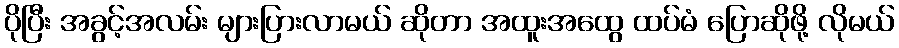
ပိုပြီး အခွင့်အလမ်း များပြားလာမယ် ဆိုတာ အထူးအထွေ ထပ်မံ ပြောဆိုဖို့ လိုမယ်